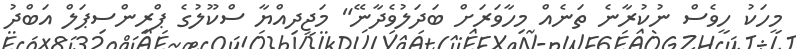
މީހަކު ހީވެސް ނުކުރާނެ ތަނެއް މިހާވަރަށް ބަދަލުވެދާނޭ" މަޖީދިއްޔާ ސްކޫލުގެ ޕްރިންސިޕަލް އަބްދު